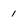
Character: 1